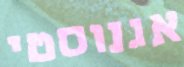
אגנוסטי